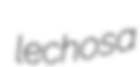
lechosa